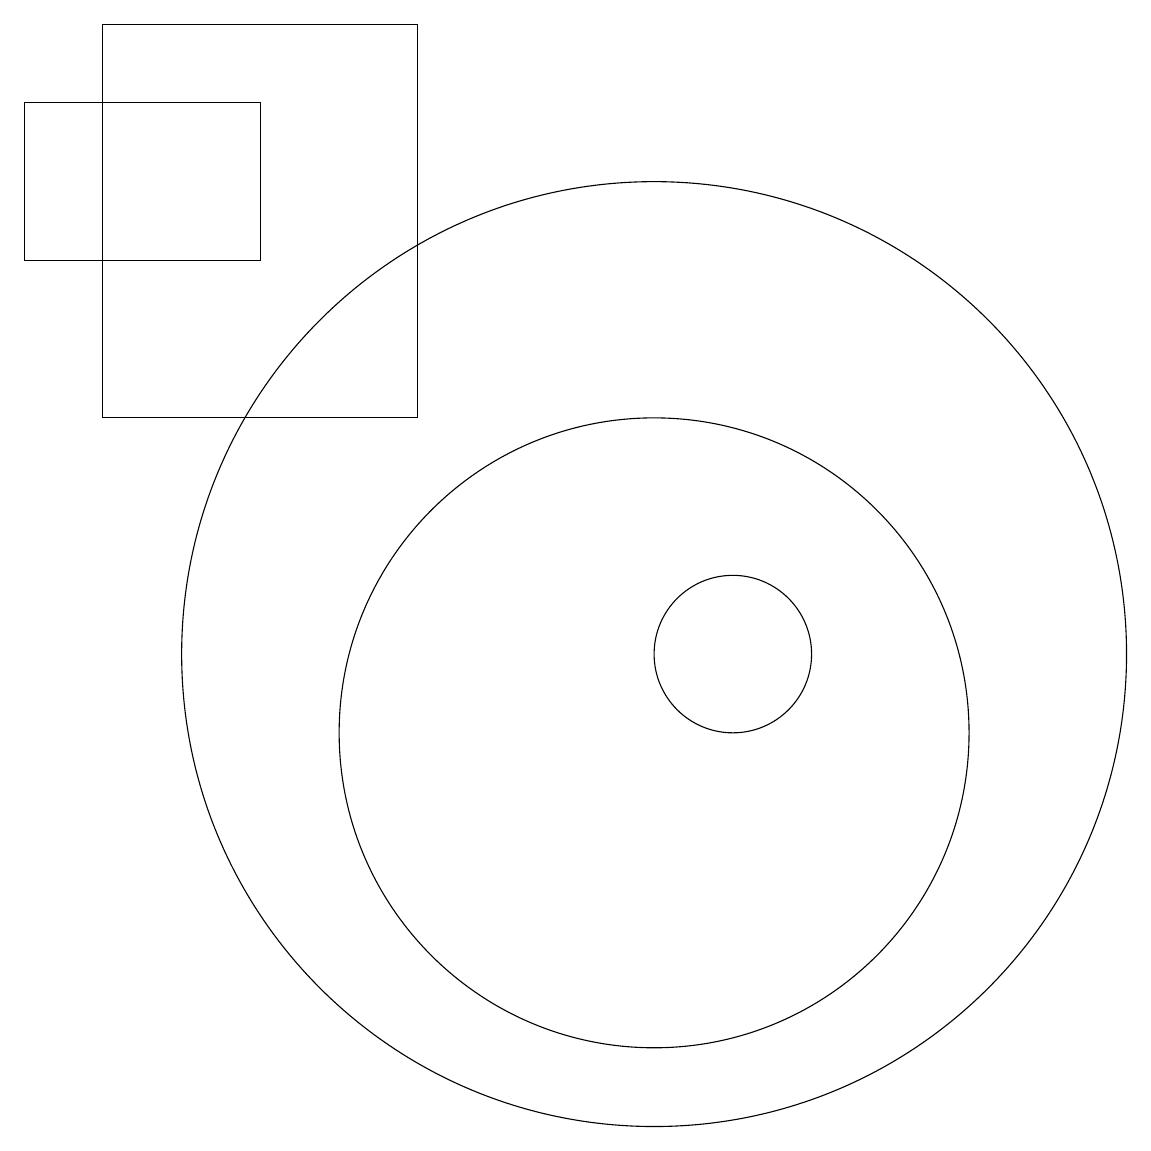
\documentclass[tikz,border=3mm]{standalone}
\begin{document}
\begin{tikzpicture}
\draw (7,19) rectangle (3,14);
\draw (11,11) circle (1);
\draw (2,16) rectangle (5,18);
\draw (10,10) circle (4);
\draw (10,11) circle (6);
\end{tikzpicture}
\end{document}